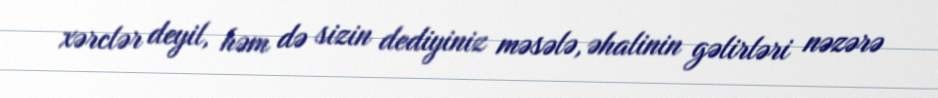
xərclər deyil, həm də sizin dediyiniz məsələ, əhalinin gəlirləri nəzərə